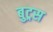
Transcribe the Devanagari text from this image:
बुट्रस